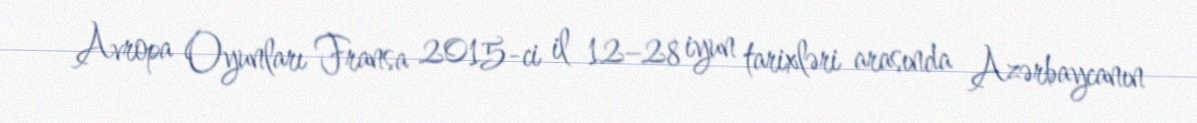
Avropa Oyunları Fransa 2015-ci il 12–28 iyun tarixləri arasında Azərbaycanın